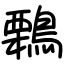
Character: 鷅